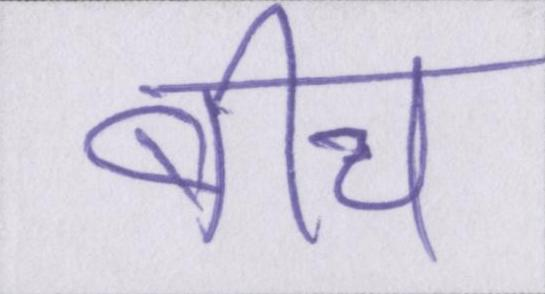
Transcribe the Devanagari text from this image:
बीच